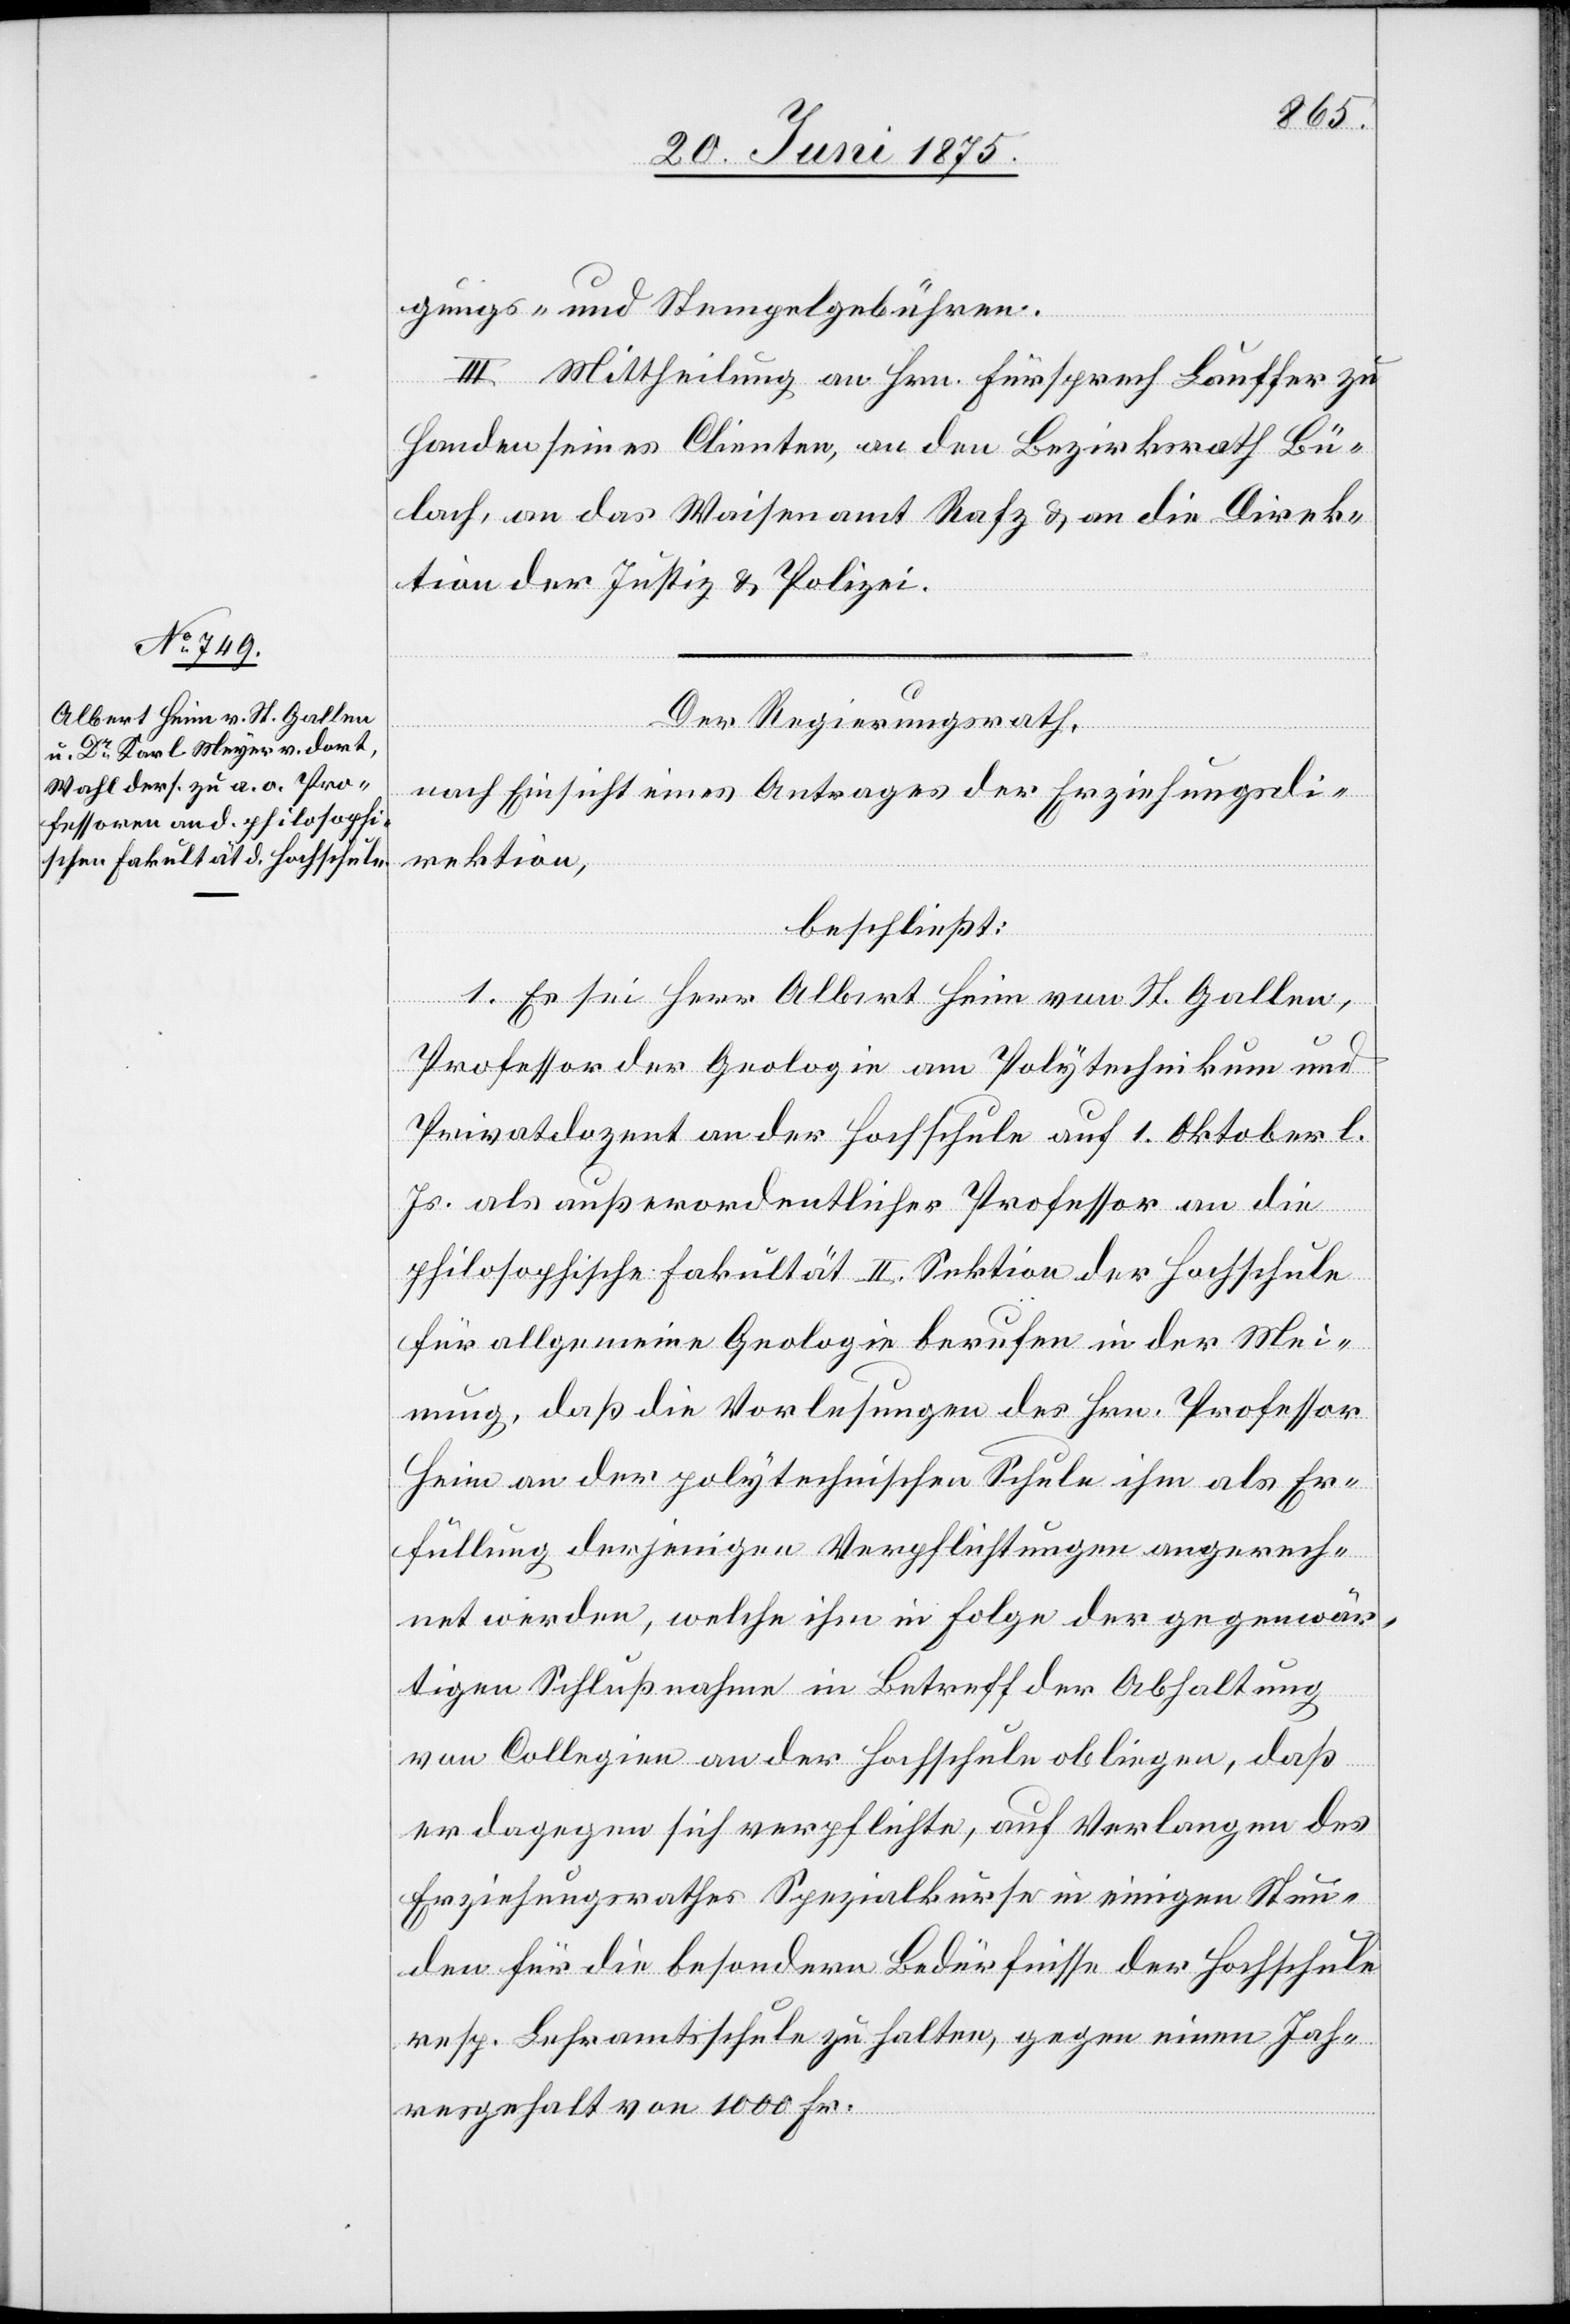
gungs- und Stempelgebühren.
III. Mittheilung an Hrn. Fürsprech Lauffer zu
Handen seines Clienten, an den Bezirksrath Bü¬
lach, an das Waisenamt Rafz & an die Direk¬
tion der Justiz & Polizei.
Der Regierungsrath,
nach Einsicht eines Antrages der Erziehungsdi¬
rektion,
beschließt:
1. Es sei Herr Albert Heim von St. Gallen,
Professor der Geologie am Polytechnikum und
Privatdozent an der Hochschule auf 1. Oktober l.
Js. als außerordentlicher Professor an die
philosophische Fakultät II. Sektion der Hochschule
für allgemeine Geologie berufen in der Mei¬
nung, daß die Vorlesungen des Hrn. Professor
Heim an der polytechnischen Schule ihm als Er¬
füllung derjenigen Verpflichtungen angerech¬
net werden, welche ihm in Folge der gegenwär¬
tigen Schlußnahme in Betreff der Abhaltung
von Collegien an der Hochschule obliegen, daß
er dagegen sich verpflichte, auf Verlangen des
Erziehungsrathes Spezialkurse in einigen Stun¬
den für die besondern Bedürfnisse der Hochschule
resp. Lehramtsschule zu halten, gegen einen Jah¬
resgehalt von 1000 Fr.